Civil Veterinary Department. Madras. Admin. report 1926-33 - 1926-1933
Year: 1926
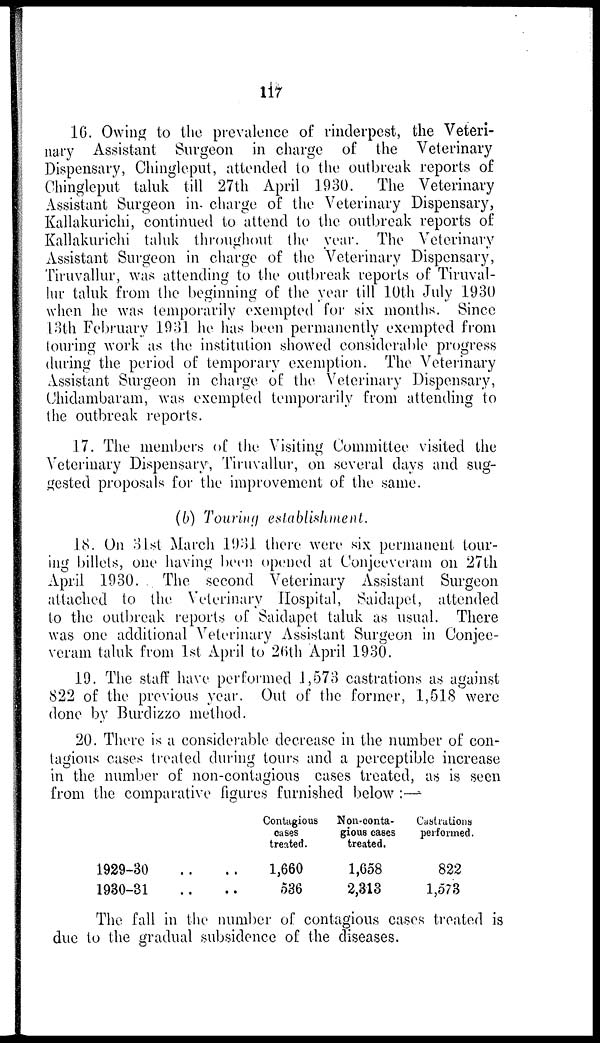
117
16. Owing to the prevalence of rinderpest, the Veteri-
nary Assistant Surgeon in charge of the Veterinary
Dispensary, Chingleput, attended to the outbreak reports of
Chingleput taluk till 27th April 1930. The Veterinary
Assistant Surgeon in charge of the Veterinary Dispensary,
Kallakurichi, continued to attend to the outbreak reports of
Kallakurichi taluk throughout the year. The Veterinary
Assistant Surgeon in charge of the Veterinary Dispensary,
Tiruvallur, was attending to the outbreak reports of Tiruval-
lur taluk from the beginning of the year till 10th July 1930
when he was temporarily exempted for six months. Since
13th February 1931 he has been permanently exempted from
touring work as the institution showed considerable progress
during the period of temporary exemption. The Veterinary
Assistant Surgeon in charge of the Veterinary Dispensary,
Chidambaram, was exempted temporarily from attending to
the outbreak reports.
17. The members of the Visiting Committee visited the
Veterinary Dispensary, Tiruvallur, on several days and sug-
gested proposals for the improvement of the same.
(b) Touring establishment.
18. On 31st March 1931 there were six permanent tour-
ing billets, one having been opened at Conjeeveram on 27th
April 1930. The second Veterinary Assistant Surgeon
attached to the Veterinary Hospital, Saidapet, attended
to the outbreak reports of Saidapet taluk as usual. There
was one additional Veterinary Assistant Surgeon in Conjee-
veram taluk from 1st April to 26th April 1930.
19. The staff have performed 1,573 castrations as against
822 of the previous year. Out of the former, 1,518 were
done by Burdizzo method.
20. There is a considerable decrease in the number of con-
tagious cases treated during tours and a perceptible increase
in the number of non-contagious cases treated, as is seen
from the comparative figures furnished below :—
1929-30 .. ..
1930-31 .. ..
Contagious
cases
treated.
1,660
536
Non-conta-
gious cases
treated.
1,658
2,313
Castrations
performed.
822
1,573
The fall in the number of contagious cases treated is
due to the gradual subsidence of the diseases.